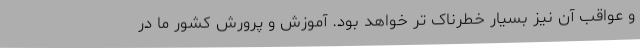
و عواقب آن نیز بسیار خطرناک تر خواهد بود. آموزش و پرورش کشور ما در